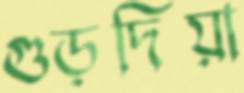
গুড়দিয়া